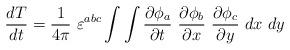
LaTeX: \begin{align*}\frac{dT}{dt}=\frac{1}{4\pi}~\varepsilon^{abc}\int\int\frac{\partial\phi_a}{\partial t}~\frac{\partial\phi_b}{\partial x}~\frac{\partial\phi_c}{\partial y}~dx~dy\end{align*}